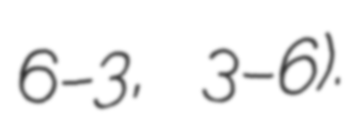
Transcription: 6–3, 3–6).